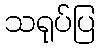
သရုပ်ပြ